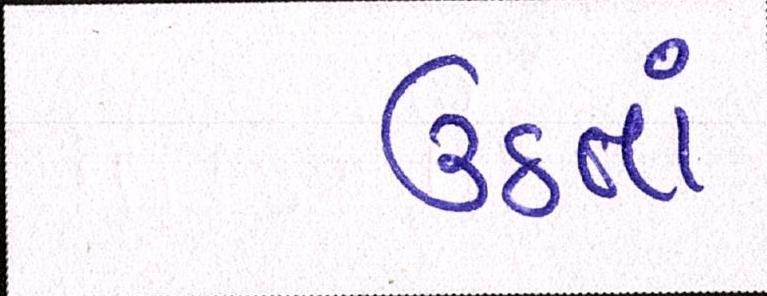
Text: ઉઠતાં